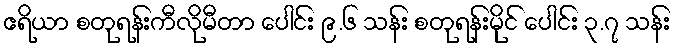
ဧရိယာ စတုရန်းကီလိုမီတာ ပေါင်း ၉.၆ သန်း စတုရန်းမိုင် ပေါင်း ၃.၇ သန်း